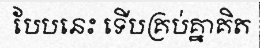
បែបនេះ ទើបគ្រប់គ្នាគិត